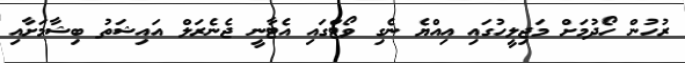
ރުހުން ހޯދުމަށް މަޖިލީހުގައި އިއްޔެ ނެގި ވޯޓްގައި އެޓާނީ ޖެނެރަލް އައިޝަތު ބިޝާމަށާއި